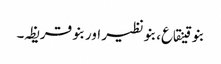
بنو قینقاع، بنو نظیر اور بنو قریظہ۔